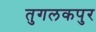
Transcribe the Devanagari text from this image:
तुगलकपुर